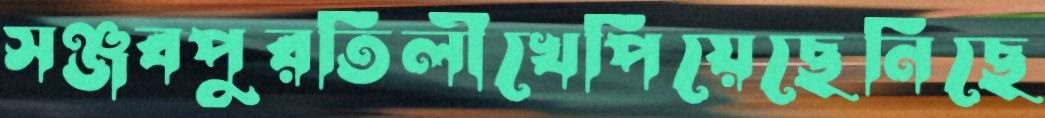
সঞ্জবপুরতিলীখেপিয়েছেনিছে